Madras plague regulations and rules - Volume 2
Disease focus: Plague
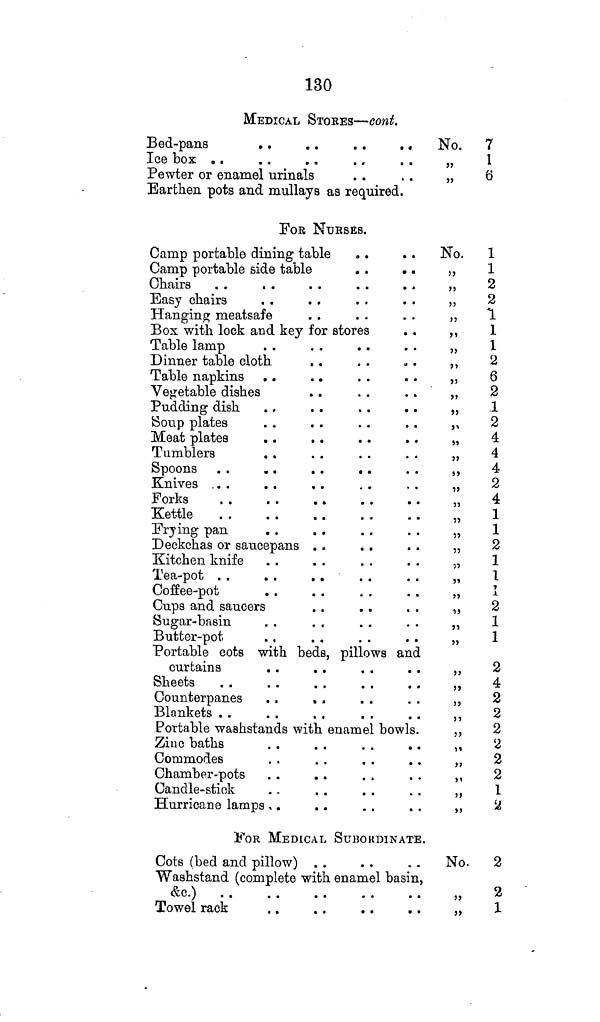
130
MEDICAL STORES—cont.
Bed-pans
. .
. .
. .
. .
Ice box . .
Pewter or enamel urinals
Earthen pots and mullays as required.
FOR NURSES.
Camp portable dining table
Camp portable side table
. . . .
Chairs
. . . .
Easy chairs
Hanging meatsafe
Box with lock and key for stores
Table lamp
Dinner table cloth.
Table napkins
Vegetable dishes
Pudding dish
Soup plates
Meat plates
Tumblers
. .
Spoons . .
. .
. .
. .
Knives ...
Forks
Kettle
Frying pan
Deckchas or saucepans
Kitchen knife
Tea-pot
Coffee-pot
Cups and saucers
Sugar-basin
Butter-pot
Portable cots with beds, pillows and
curtains
Sheets
Counterpanes
. .
. .
Blankets
Portable waahstands with enamel bowls.
Zinc baths
Commodes
Chamber-pots
Candle-stick
Hurricane lamps
FOR MEDICAL SUBORDINATE.
Cots (bed and pillow) . .
Washstand (complete with enamel basin,
&c.)
Towel rack
No. 7
„
1
,,
6
No. 1
1
2
„
2
,, 1
,,
1
„
1
,,
2
,,
6
„
2
„
1
„
2
„
4
,, 4
„
4
„
2
„
4
„
1
„
1
„
2
,, 1
,, 1
,,
1
,,
2
,, 1
,, 1
,,
2
„
4
„
2
,,
2
„
2
,, a
„
2
„
2
1
,, 2
No.
2
,, 2
,,
1